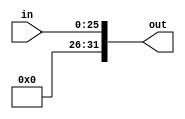
module jumpExtend( in , out);
    
    input  wire [25:0] in;
    output wire [31:0] out;
    
    assign out = {6'b000000, in};
endmodule